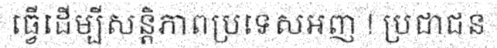
ធ្វើដើម្បីសន្តិភាពប្រទេសអញ ! ប្រជាជន